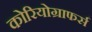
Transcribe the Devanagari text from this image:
कोरियोग्राफर्स